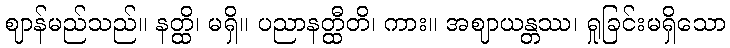
ဈာန်မည်သည်။ နတ္ထိ၊ မရှိ။ ပညာနတ္ထီတိ၊ ကား။ အဈာယန္တဿ၊ ရှုခြင်းမရှိသော